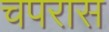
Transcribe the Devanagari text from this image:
चपरास